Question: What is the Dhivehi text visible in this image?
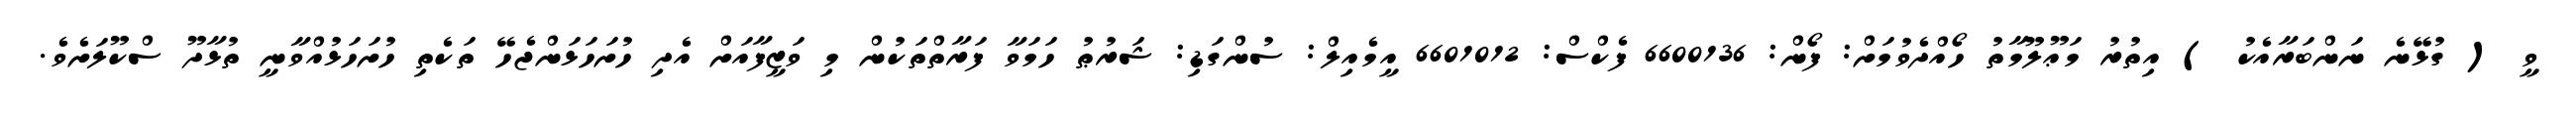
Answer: ވީ ( ގުޅޭނެ ނަންބަރާއެކު ) އިތުރު މަޢޫލޫމާތު ހޯއްދެވުމަށް: ފޯން: 6600136 ފެކްސް: 6601012 އީމެއިލް: ސުންގަޑި: ޝަރުޠު ހަމަވާ ފަރާތްތަކުން މި ވަޒީފާއަށް އެދި ހުށަހަޅަންޖެހޭ ތަކެތި ހުށަހަޅުއްވާނީ ތުޅާދޫ ސްކޫލަށެވެ.